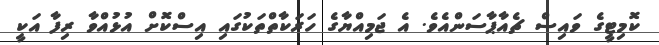
ކޮމިޓީގެ ވައިސް ޗެއާޕާސަންއެވެ. އެ ޖަމިއްޔާގެ ހަރަކާތްތަކުގައި އިސްކޮށް އުޅުއްވާ ރިފާ އަކީ